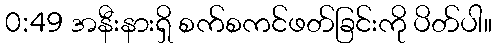
0:49 အနီးနားရှိ စက်စကင်ဖတ်ခြင်းကို ပိတ်ပါ။